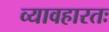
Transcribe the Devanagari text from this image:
व्यावहारतः